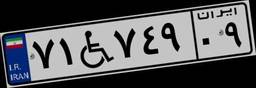
۷۱W۷۴۹۰۹